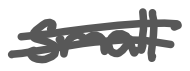
Text: small
Cross-out: mix
Writing tool: digital_gray